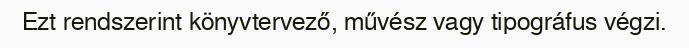
Ezt rendszerint könyvtervező, művész vagy tipográfus végzi.